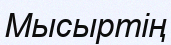
Мысыртің